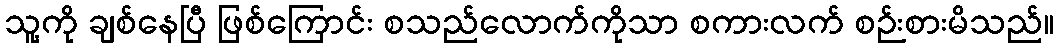
သူ့ကို ချစ်နေပြီ ဖြစ်ကြောင်း စသည်လောက်ကိုသာ စကားလက် စဉ်းစားမိသည်။